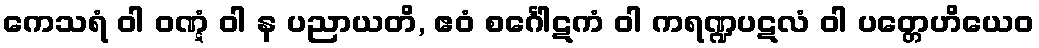
ကေသရံ ဝါ ဝဏ္ဋံ ဝါ န ပညာယတိ, ဧဝံ စင်္ဂေါဋကံ ဝါ ကရဏ္ဍပဋလံ ဝါ ပတ္တေဟိယေဝ